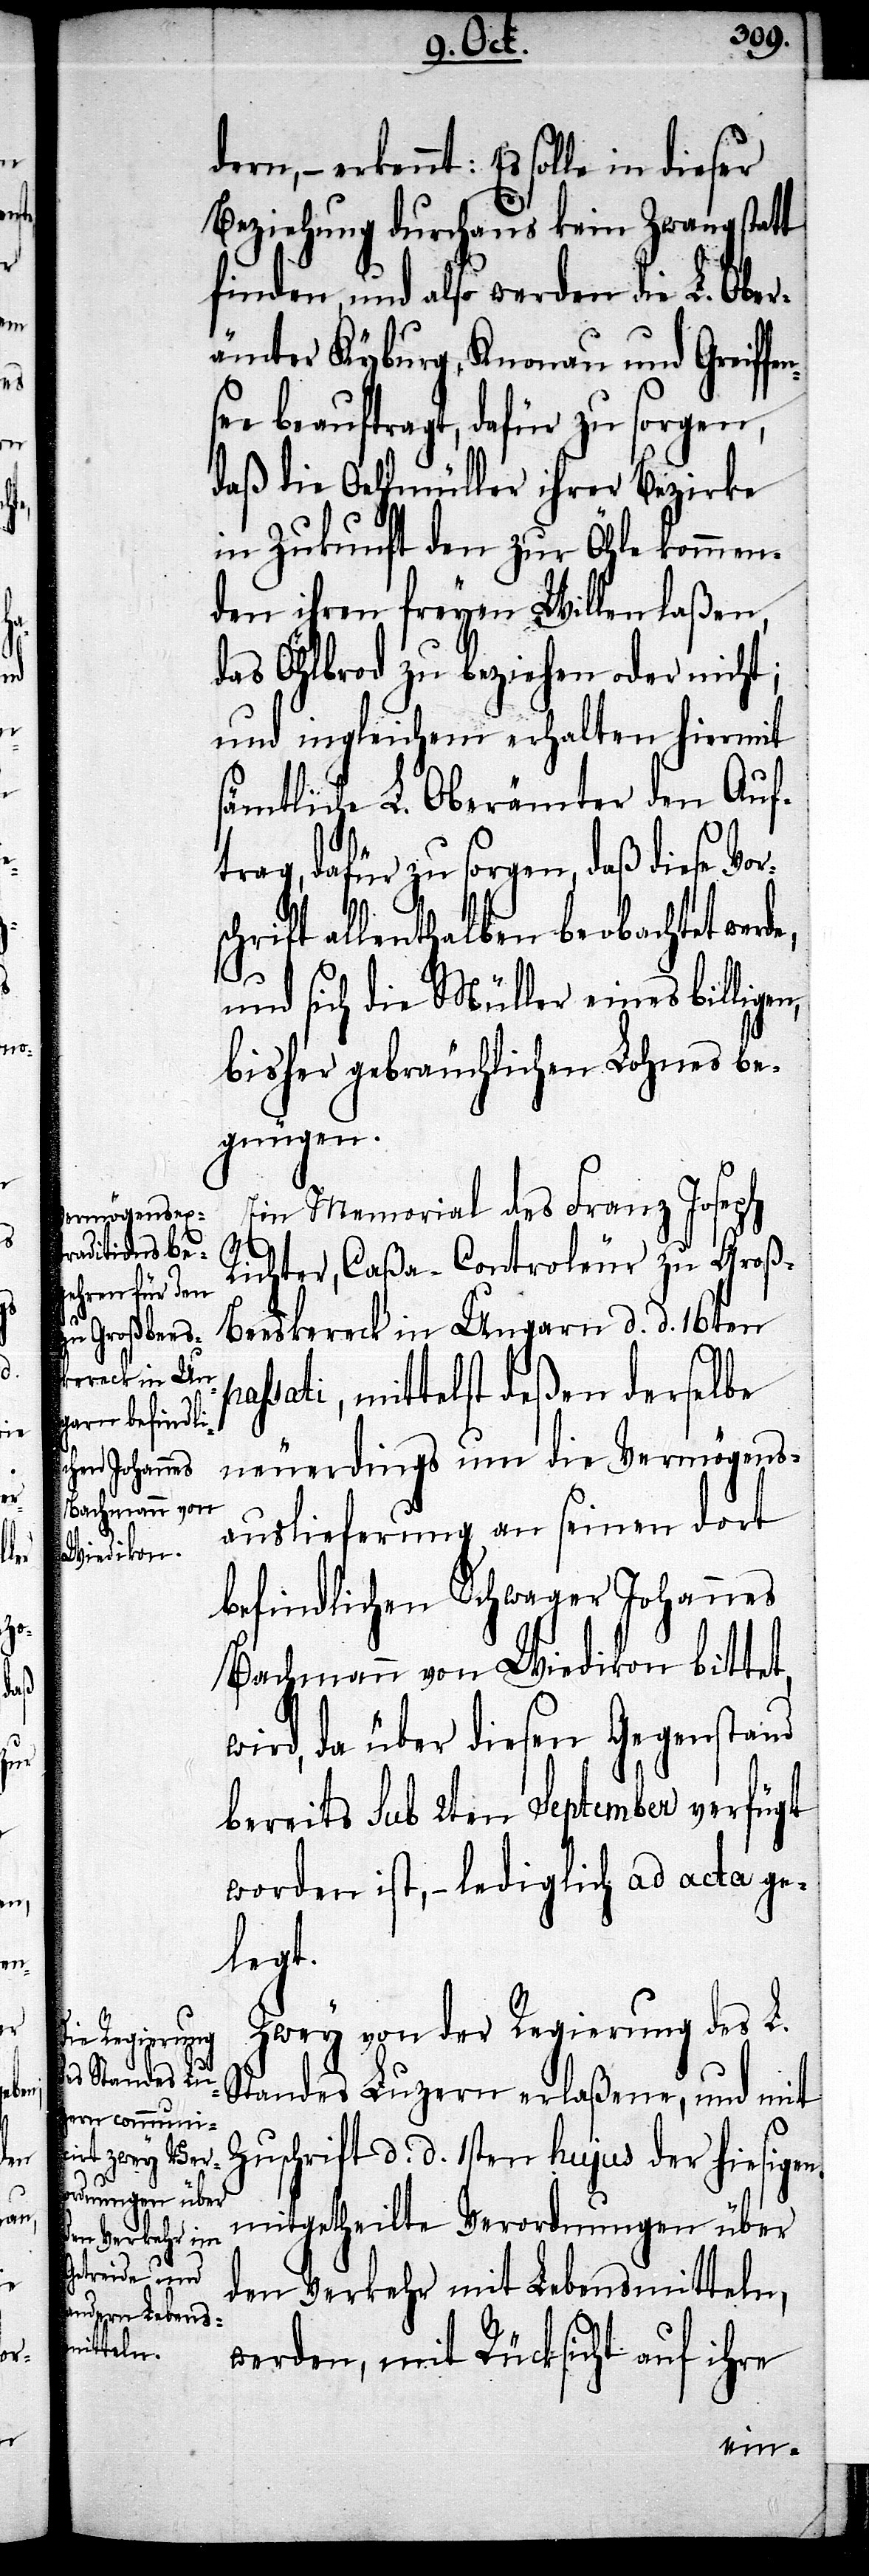
pas¬

dern,

erkennt: Es solle in dieser
Beziehung durchaus kein Zwang statt
finden, und also werden die L. Ober¬
ämter Kyburg, Knonau und Greiffe¬
e beauftragt, dafür zu sorgen,
daß die Oehlmüller ihrer Bezirke
in Zukunft den zur Öhle kommen¬
den ihren freyen Willen laßen,
das Öhlbrod zu beziehen oder nicht;
und ingleichen erhalten hiermit
sämtliche L. Oberämter den Auf¬
trag, dafür zu sorgen, daß diese Vor¬
schrift allenthalben beobachtet werde,
und sich die Müller eines billige¬
bisher gebräuchlichen Lohnes be¬
gnügen.
Ein Memorial des Franz Joseph
n,
Richter, Caßa-Controleur zu Groß¬
beeskereck in Ungarn d. d. 16ten
sati, mittelst deßen derselbe
neuerdings um die Vermögens¬
auslieferung an seinen dort
befindlichen Schwager Johannes
Bachmann von Wiedikon bittet,
wird, da über diesen Gegenstand
bereits sub 2ten September verfügt
worden ist, – lediglich ad acta ge¬
legt.
Zwey von der Regierung des L.
Standes Luzern erlaßene, und mit
Zuschrift d. d. 1sten hujus der hiesigen,
mitgetheilte Verordnungen über
den Verkehr mit Lebensmitteln,
werde, mit Rücksicht auf ihre